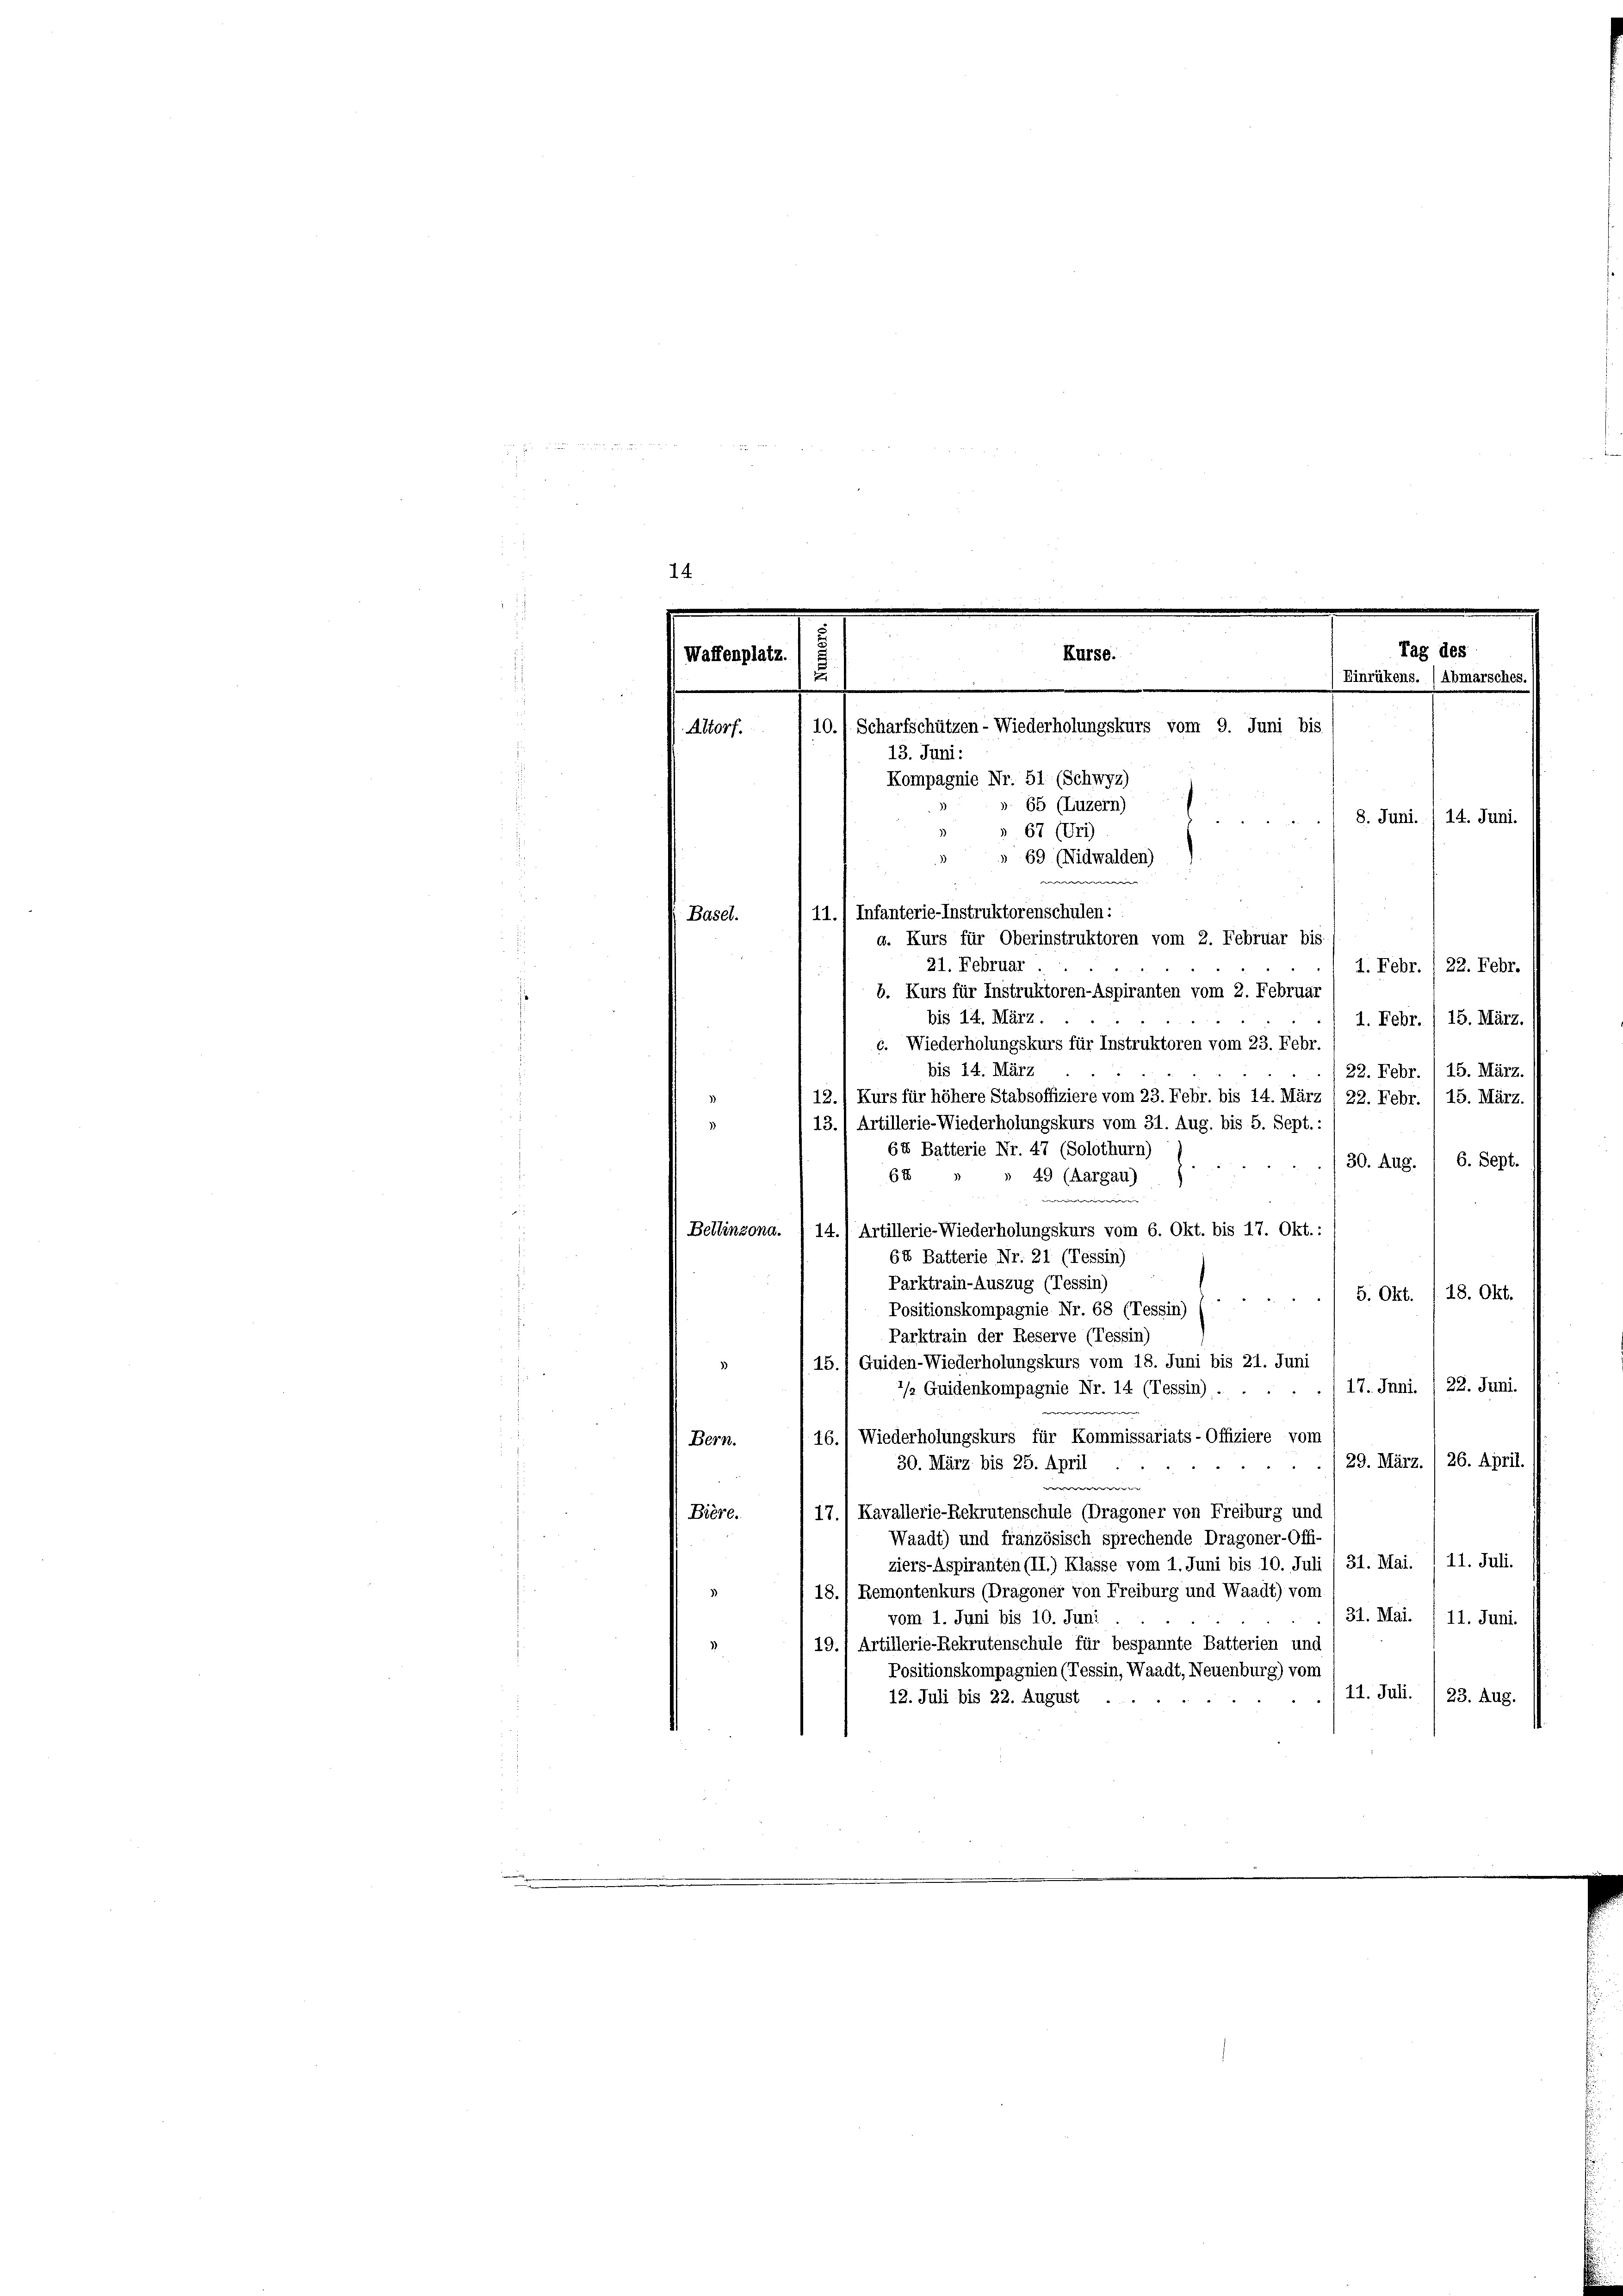
0 x

14
e
r
Tag des
Kurse.
(Waffenplatz
2
Einrükens. (Abmarsches.
¬
10.) Scharfschützen - Wiederholungskurs vom 9. Juni bis
Altorf.
13. Juni:
Kompagnie Nr. 51 (Schwyz)

65 (Luzern)
8. Juni./14. Juni.
67 (Uri)
e
e
11.) Infanterie-Instruktorenschulen:
Basel.
a. Kurs für Oberinstruktoren vom 2. Februar bis
21. Februar
1. Febr. 122. Febr.
b. Kurs für Instruktoren-Aspiranten vom 2. Februar
bis 14. März.
1. Febr. / 15. März.
c. Wiederholungskurs für Instruktoren vom 23. Febr.
bis 14. März
22. Febr. / 15. März.
Kurs für höhere Stabsoffiziere vom 23. Febr. bis 14. März 1 22. Febr. / 15. März.
.
13.) Artillerie-Wiederholungskurs vom 31. Aug. bis 5. Sept. :
64 Batterie Nr. 47 (Solothurn)
6. Sept.
30. Aug.
64
 49 (Aargau)
e
e
Bellinzona. ) 14.) Artillerie-Wiederholungskurs vom 6. Okt. bis 17. Okt.:
64 Batterie Nr. 21 (Tessin)
Parktrain-Auszug (Tessin)
5. Okt. / 18. Okt.
Positionskompagnie Nr. 68 (Tessin)
Parktrain der Reserve (Tessin)
15.) Guiden-Wiederholungskurs vom 18. Juni bis 21. Juni
(17. Juni. , 22. Juni.
2/2 Guidenkompagnie Nr. 14 (Tessin).
16.) Wiederholungskurs für Kommissariats-Offiziere vom
Bern.
29. März. 26. April.
30. März bis 25. April
w
17.) Kavallerie-Rekrutenschule (Dragoner von Freiburg und
Bière.
Waadt) und französisch sprechende Dragoner-Offi-
ziers-Aspiranten (II.) Klasse vom 1. Juni bis 10. Juli ( 31. Mai. / 11. Juli.
18.) Remontenkurs (Dragoner von Freiburg und Waadt) vom
31. Mai. /11. Juni.
vom 1. Juni bis 10. Juni
19.) Artillerie-Rekrutenschule für bespannte Batterien und
Positionskompagnien (Tessin, Waadt, Neuenburg) vom
/11. Juli. , 23. Aug.
12. Juli bis 22. August ...

69 (Nidwalden)